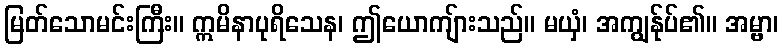
မြတ်သောမင်းကြီး။ ဣမိနာပုရိသေန၊ ဤယောကျ်ားသည်။ မယှံ၊ အကျွန်ုပ်၏။ အမ္ဗာ၊